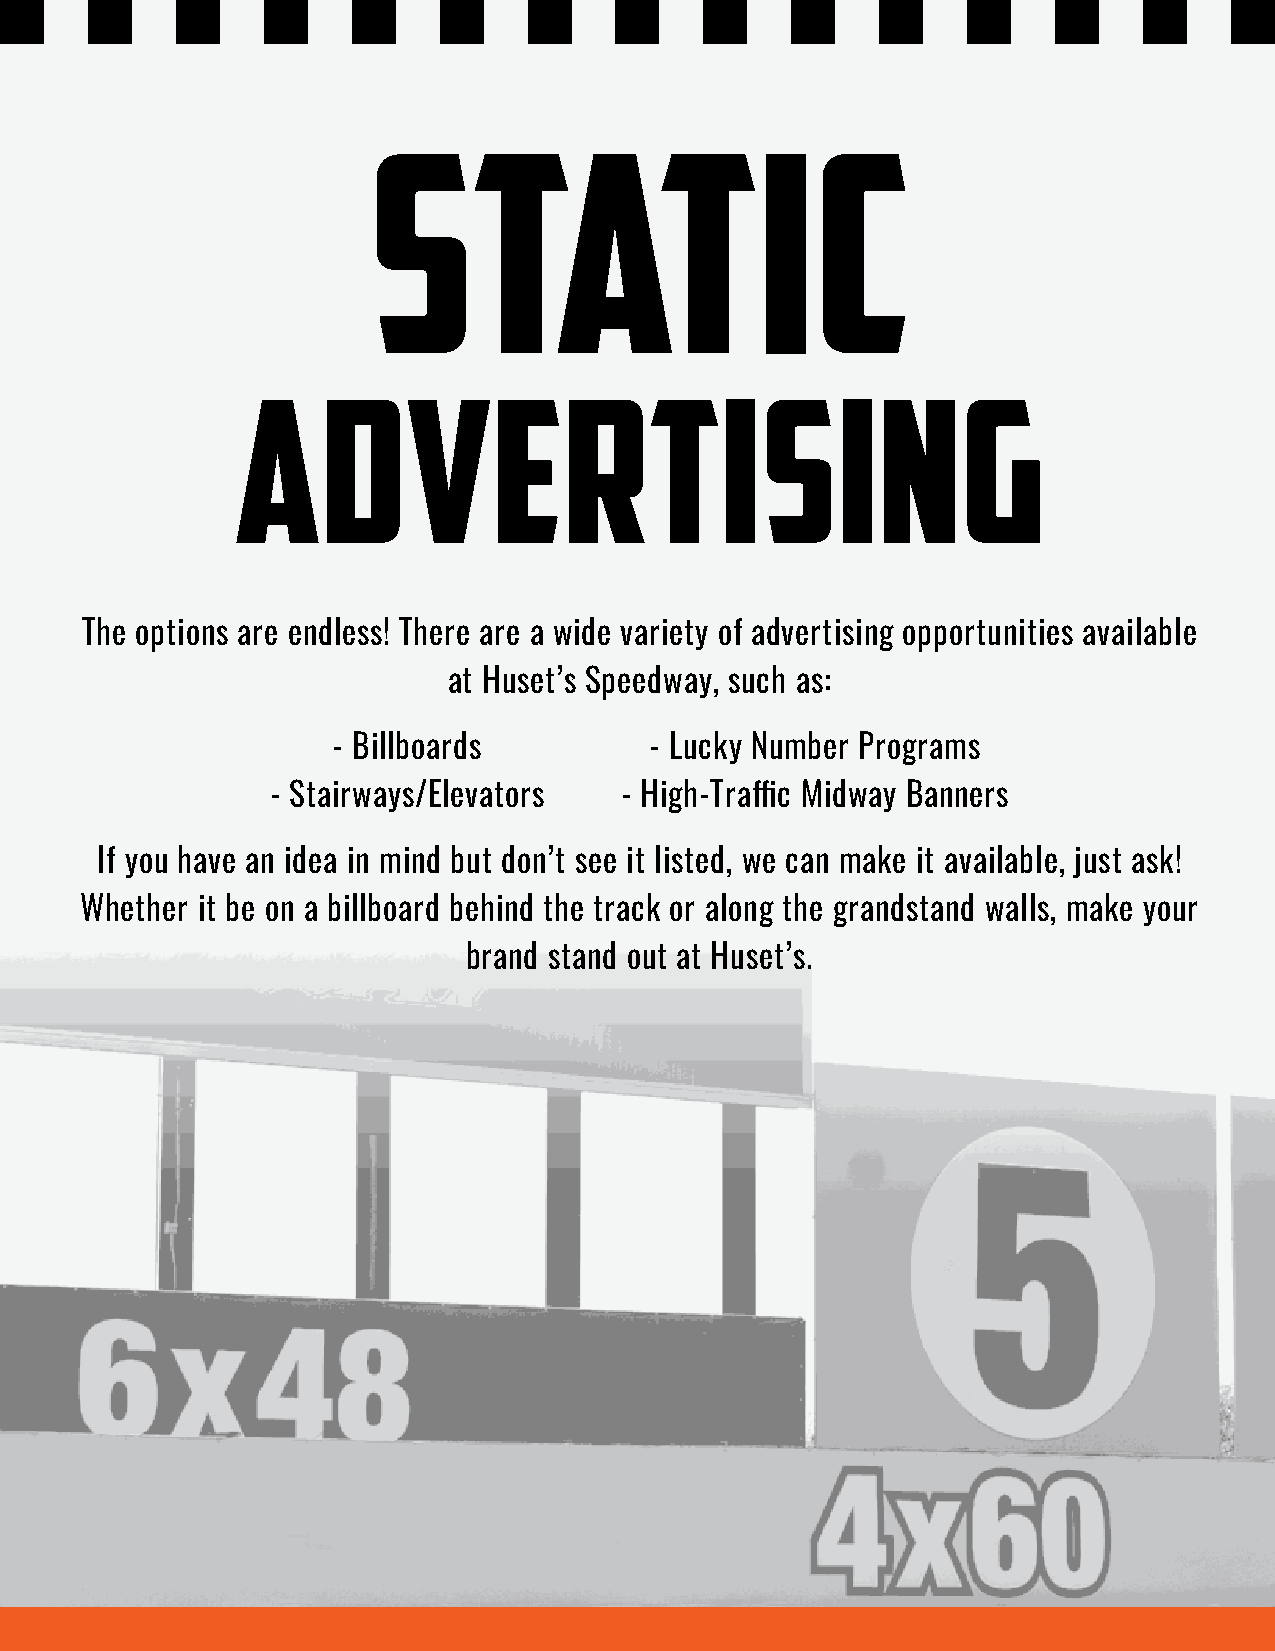
static
 Advertising
 The options are endless! There are a wide variety of advertising opportunities available
 at Huset’s Speedway, such as:
 - Billboards         - Lucky Number Programs
 - Stairways/Elevators  - High-Traffic Midway Banners
 If you have an idea in mind but don’t see it listed, we can make it available, just ask!
 Whether it be on a billboard behind the track or along the grandstand walls, make your
 brand stand out at Huset’s.